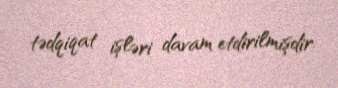
tədqiqat işləri davam etdirilmişdir.